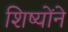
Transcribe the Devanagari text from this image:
शिष्योंने